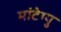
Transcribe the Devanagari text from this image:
मांटेग्यु